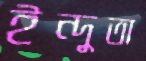
ইন্দুতা